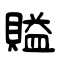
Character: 賹